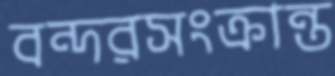
বন্দরসংক্রান্ত